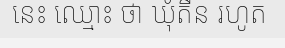
នេះ ឈ្មោះ ថា ឃុំតឺន រហូត